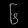
Digit: ၆